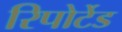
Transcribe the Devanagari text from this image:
रिपोर्टेड